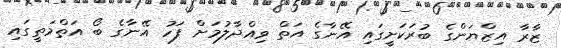
ޒާރާ އިޒްޔަންގެ ބުރަކަށީގައި އޭނާގެ އަތް ވިއްދާލުމަށް ފަހު އޭނާގެ ބޯ އަތްމަތީގައި